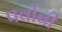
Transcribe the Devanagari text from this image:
पर्वाबी